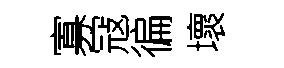
寡冦徧壞